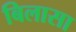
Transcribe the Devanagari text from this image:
बिलासा